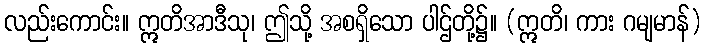
လည်းကောင်း။ ဣတိအာဒီသု၊ ဤသို့ အစရှိသော ပါဌ်တို့၌။ (ဣတိ၊ ကား ဂမျမာန်)